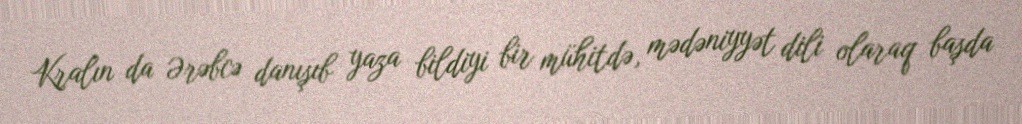
Kralın da Ərəbcə danışıb yaza bildiyi bir mühitdə, mədəniyyət dili olaraq başda